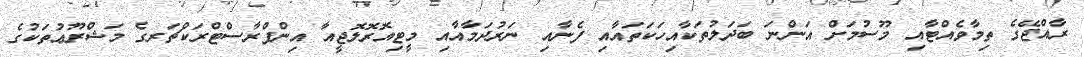
ރާއްޖޭގެ ތިމާވެއްޓާއި މޫސުމަށް އަންނަ ބަދަލުތަކާއިހަކަތައާއި ފެނާއި ނަރުދަމާއާއި މީޓިއޮރޮލޮޖީއާ އިންފްރާސްޓްރަކްޗަރގެ މަޝްރޫޢުތަކުގެ